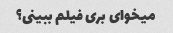
میخوای بری فیلم ببینی؟